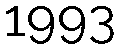
1993